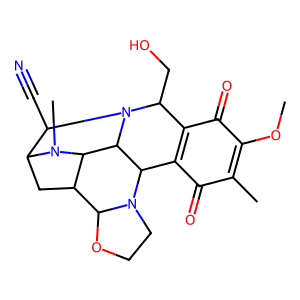
SMILES: COC1=C(C)C(=O)C2=C(C1=O)C(CO)N1C(C#N)C3CC4C(C1C2N1CCOC41)N3C
Inhibits HIV replication: No